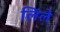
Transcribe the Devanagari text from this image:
लिंले